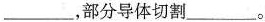
___，部分导体切割___。